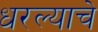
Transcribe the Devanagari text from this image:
धरल्याचे